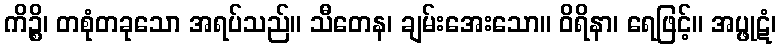
ကိဉ္စိ၊ တစုံတခုသော အရပ်သည်။ သီတေန၊ ချမ်းအေးသော။ ဝိရိနာ၊ ရေဖြင့်။ အပ္ဖုဋံ၊